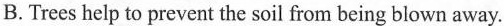
B. Trees help to prevent the soil from being blown away.